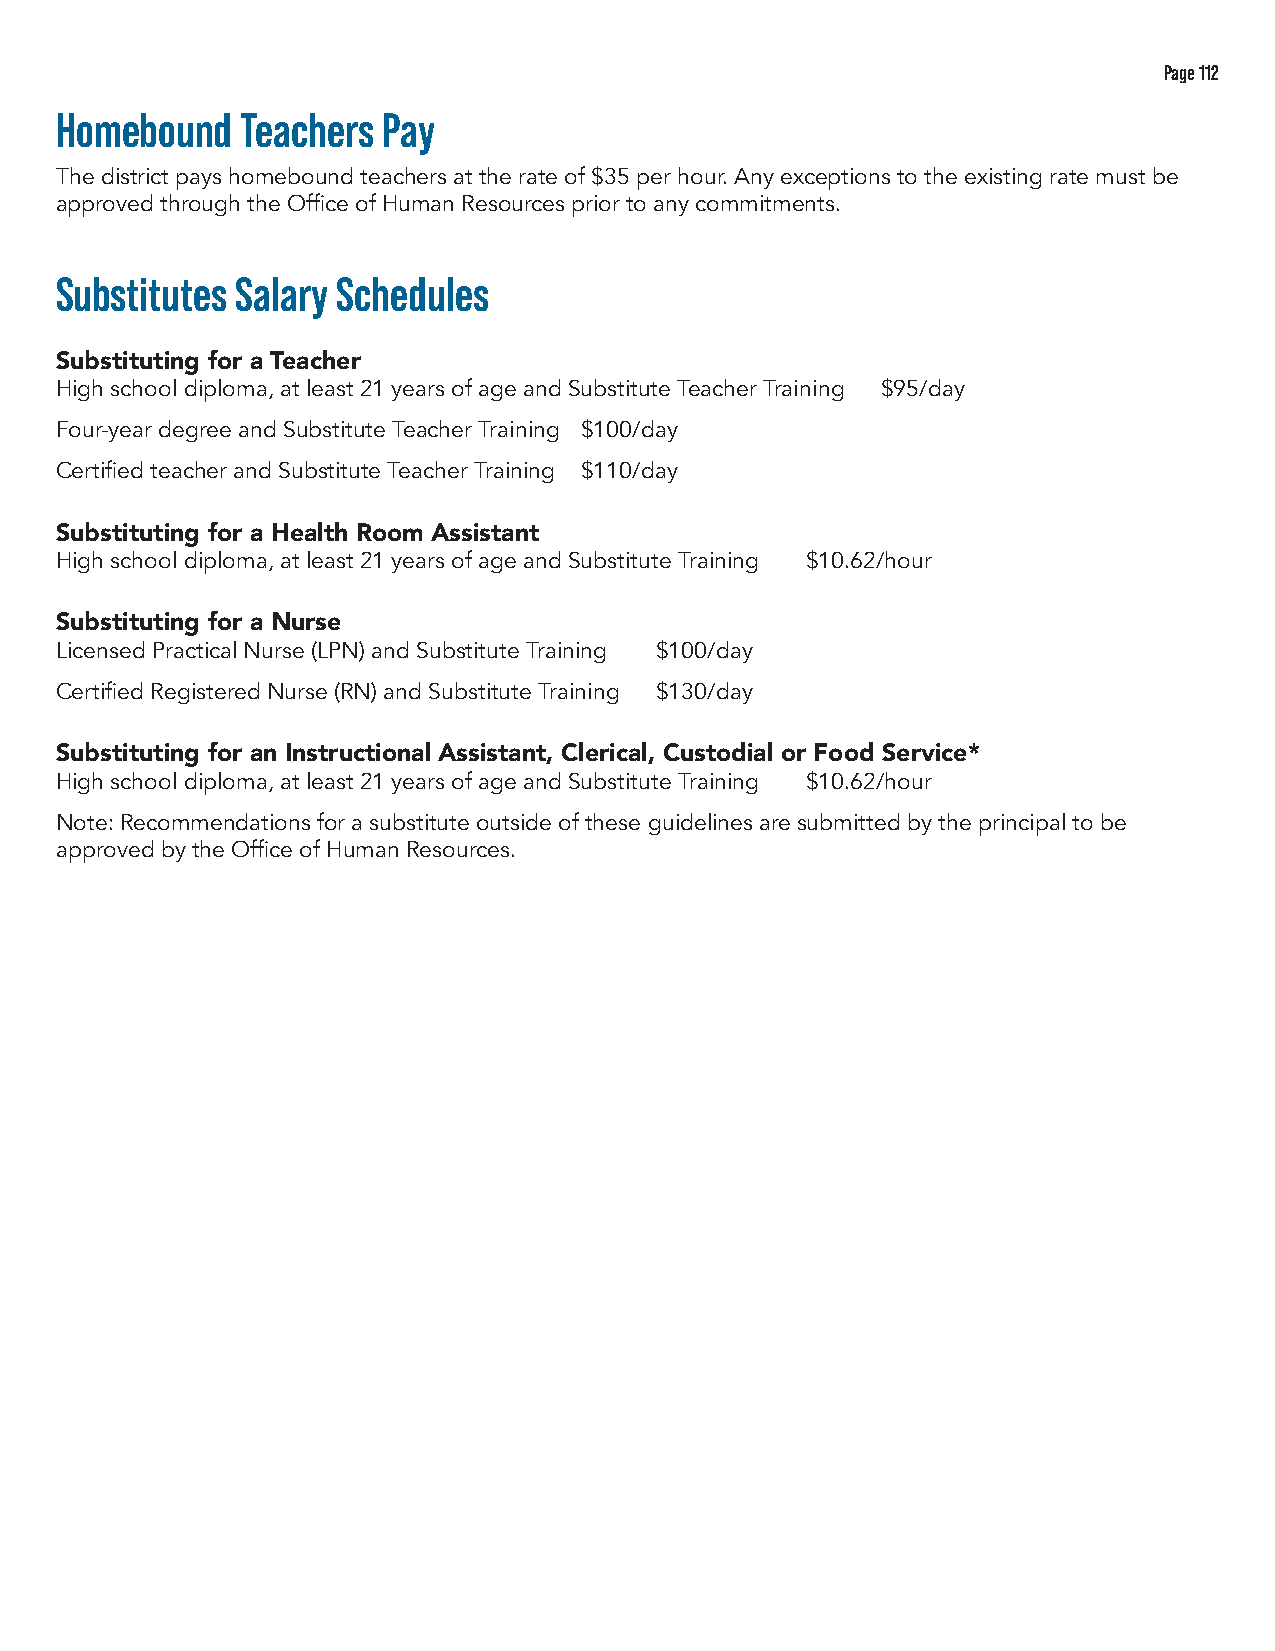
Page 112
 Homebound   Teachers Pay
 The district pays homebound teachers at the rate of $35 per hour. Any exceptions to the existing rate must be
 approved through the Office of Human Resources prior to any commitments.
 Substitutes Salary Schedules
 Substituting for a Teacher
 High school diploma, at least 21 years of age and Substitute Teacher Training $95/day
 Four-year degree and Substitute Teacher Training $100/day
 Certified teacher and Substitute Teacher Training $110/day
 Substituting for a Health Room Assistant
 High school diploma, at least 21 years of age and Substitute Training $10.62/hour
 Substituting for a Nurse
 Licensed Practical Nurse (LPN) and Substitute Training $100/day
 Certified Registered Nurse (RN) and Substitute Training $130/day
 Substituting for an Instructional Assistant, Clerical, Custodial or Food Service*
 High school diploma, at least 21 years of age and Substitute Training $10.62/hour
 Note: Recommendations for a substitute outside of these guidelines are submitted by the principal to be
 approved by the Office of Human Resources.